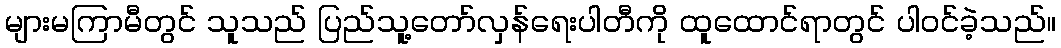
များမကြာမီတွင် သူသည် ပြည်သူ့တော်လှန်ရေးပါတီကို ထူထောင်ရာတွင် ပါဝင်ခဲ့သည်။